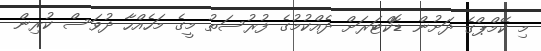
މި ކޭމްޕްގެ ދަށުން ޑޮކްޓަރަށް ދެއްކުމުގެ ފުރުސަތު މީގެ މަހެއްހާ ދުވަސް ކުރިން